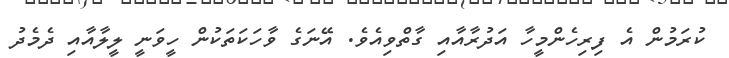
ކުރަމުން އެ ފިރިހެންމީހާ އަދުރާއާއި ގާތްވިއެވެ. އޭނަގެ ވާހަކަތަކުން ހީވަނީ ލީލާއާއި ދެމެދު